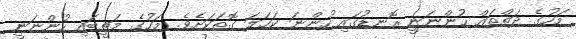
މަހުގެ ދަތްތައް ހުންނަނީ ރޮނޑުގައި ހުންނަ ކަހަލަ ގޮތަކަށެވެ. މަހުގެ މަތީބައި ހުންނަނީ